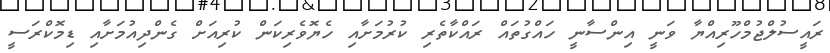
ރައީސުލްޖުމްހޫރިއްޔާ ވަނީ އިންސާނީ ހައްގުތައް ރައްކާތެރި ކުރުމަށާއި ހެޔޮވެރިކަން ކުރިއަށް ގެންދިއުމަށާއި ޑިމޮކްރަސީ